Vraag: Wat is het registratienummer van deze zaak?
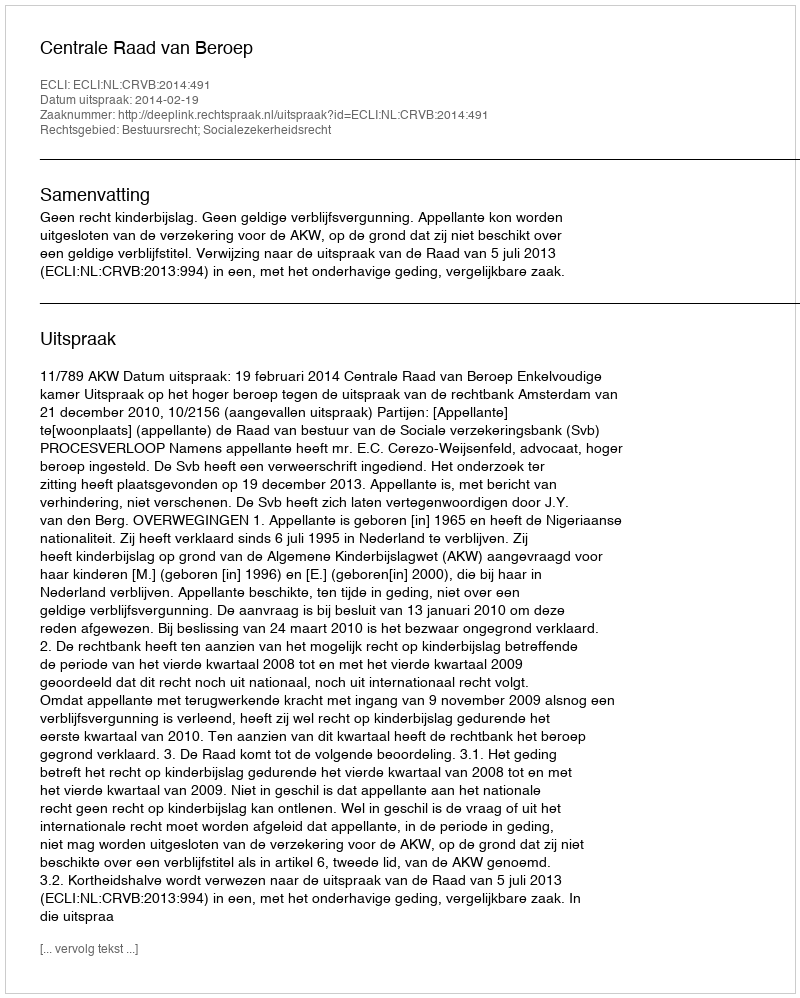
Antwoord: http://deeplink.rechtspraak.nl/uitspraak?id=ECLI:NL:CRVB:2014:491